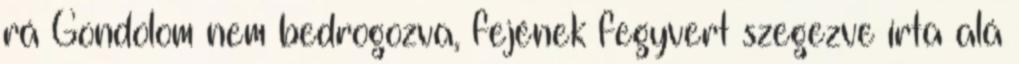
rá Gondolom nem bedrogozva, fejének fegyvert szegezve írta alá